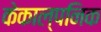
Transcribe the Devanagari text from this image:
केकाल्पनिक